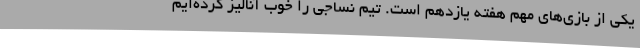
یکی از بازی‌های مهم هفته یازدهم است. تیم نساجی را خوب آنالیز کرده‌ایم